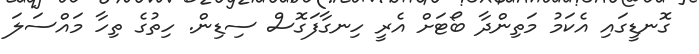
ގޮނޑީގައި އެކަމު މަތިންދާ ބޯޓަށް އެރީ ހިނގާފަގޮސް ސިޑިން. ހިތުގެ ތިހާ މައްސަލަ